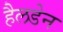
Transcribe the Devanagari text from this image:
हैलडेन